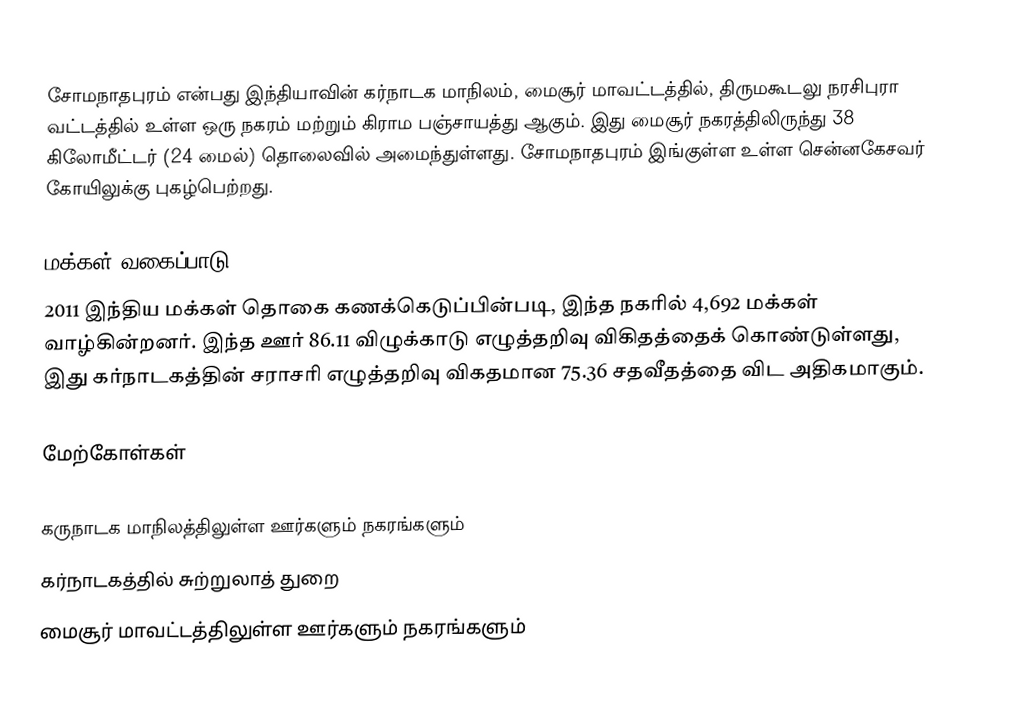
சோமநாதபுரம் என்பது இந்தியாவின் கர்நாடக மாநிலம்,  மைசூர் மாவட்டத்தில், திருமகூடலு நரசிபுரா வட்டத்தில் உள்ள ஒரு நகரம் மற்றும் கிராம பஞ்சாயத்து ஆகும். இது மைசூர் நகரத்திலிருந்து 38 கிலோமீட்டர் (24 மைல்) தொலைவில் அமைந்துள்ளது. சோமநாதபுரம் இங்குள்ள உள்ள சென்னகேசவர் கோயிலுக்கு  புகழ்பெற்றது.

மக்கள் வகைப்பாடு
2011 இந்திய மக்கள் தொகை கணக்கெடுப்பின்படி, இந்த நகரில் 4,692 மக்கள் வாழ்கின்றனர். இந்த ஊர் 86.11 விழுக்காடு எழுத்தறிவு விகிதத்தைக் கொண்டுள்ளது, இது கர்நாடகத்தின் சராசரி எழுத்தறிவு விகதமான 75.36 சதவீதத்தை விட அதிகமாகும்.

மேற்கோள்கள்

கருநாடக மாநிலத்திலுள்ள ஊர்களும் நகரங்களும்
கர்நாடகத்தில் சுற்றுலாத் துறை
மைசூர் மாவட்டத்திலுள்ள ஊர்களும் நகரங்களும்